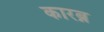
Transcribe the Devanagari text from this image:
कारब्न